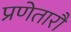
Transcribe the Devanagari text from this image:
प्रणेतारौ